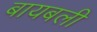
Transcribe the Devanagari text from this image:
बायबली